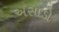
અસાડો